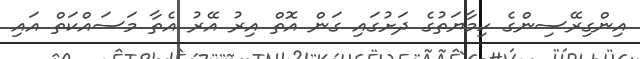
އިންގިރޭސިންގެ ހިމާޔަތުގެ ދަށުގައި ގަން އޮތް އިރު އޭރު އެތާ މަސައްކަތް އައި